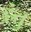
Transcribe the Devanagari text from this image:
हंतु